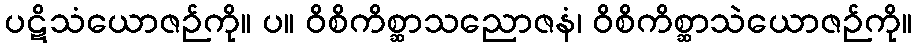
ပဋိသံယောဇဉ်ကို။ ပ။ ဝိစိကိစ္ဆာသညောဇနံ၊ ဝိစိကိစ္ဆာသဲယောဇဉ်ကို။